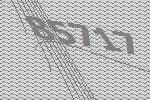
85717